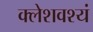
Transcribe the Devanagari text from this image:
क्लेशवश्यं